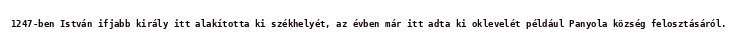
1247-ben István ifjabb király itt alakította ki székhelyét, az évben már itt adta ki oklevelét például Panyola község felosztásáról.